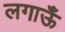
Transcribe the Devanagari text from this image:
लगाऊँ